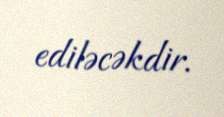
ediləcəkdir.